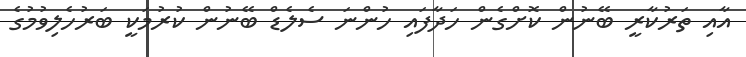
އާއި ތަރުކާރީ ބޭނުން ކޮށްގެން ހަދާފައި ހުންނަ ސެލެޑް ބޭނުން ކުރުމަކީ ބަރުހެލިވުމުގެ